Document type: Sale
Year: 1435
Scribe: Pere Soler
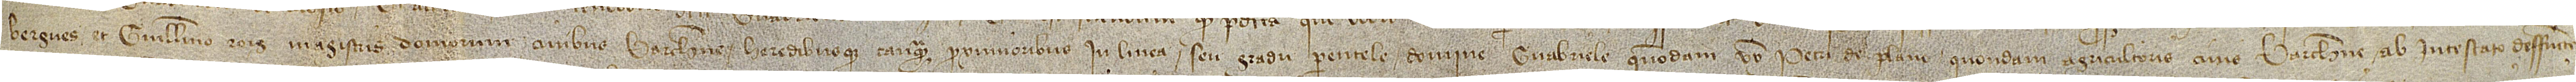
Bergues et Guillelmo Roig, magistris domorum, civibus Barchinone heredibusque tanquam proximioribus in linea seu gradu parentele domine Guabriele, quondam, uxoris Petri de Plano, quondam, agricultoris, civis Barchinone, ab intestato deffuncte,